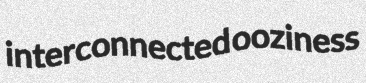
interconnected ooziness